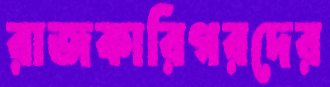
রাজকারিগরদের